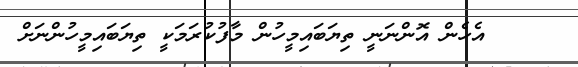
އެހެން އޮންނަނީ ތިޔަބައިމީހުން މާފުކުރަމަކީ ތިޔަބައިމީހުންނަށް